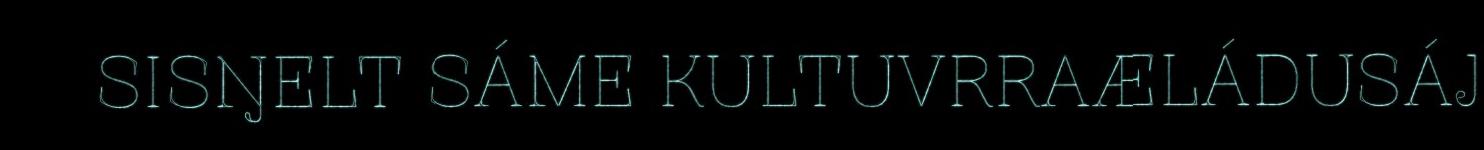
SISŊELT SÁME KULTUVRRAÆLÁDUSÁJ